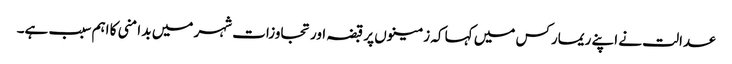
عدالت نے اپنے ریمارکس میں کہا کہ زمینوں پر قبضہ اور تجاوزات شہر میں بد امنی کا اہم سبب ہے۔